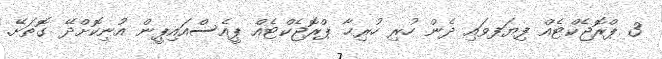
3 ޕްރޮޖެކްޓެއް ފިޔަފވައި ދެން ހުރި ހުރިޙާ ޕްރޮޖެކްޓެއްް ޕީއެސްއައިޕީން އުނިކޮށްދޭ ގޮތަށޭ.